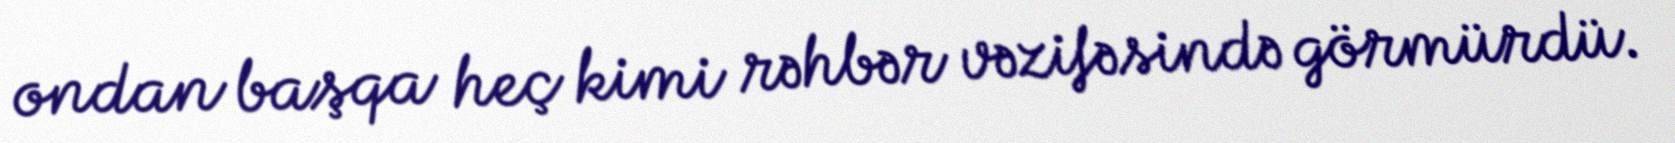
ondan başqa heç kimi rəhbər vəzifəsində görmürdü.